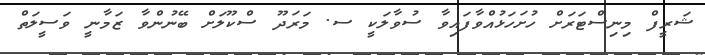
ޝަރީފް މިނިސްޓަރަށް ހުށަހަޅުއްވާފައިވާ ސުވާލަކީ ސ. މަރަދޫ ސްކޫލަށް ބޭނުންވާ ޒަމާނީ ވަސީލަތް